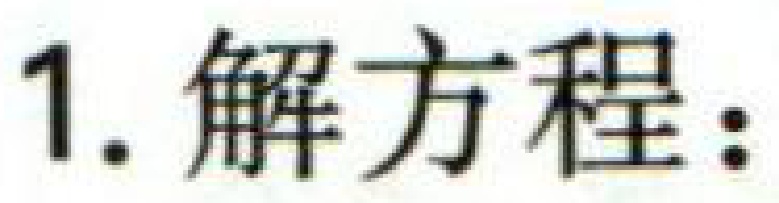
1. 解方程：